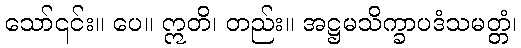
သော်၎င်း။ ပေ။ ဣတိ၊ တည်း။ အဋ္ဌမသိက္ခာပဒံသမတ္တံ၊